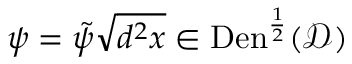
\psi = \tilde { \psi } \sqrt { d ^ { 2 } x } \in \mathrm { D e n } ^ { \frac { 1 } { 2 } } ( \mathcal { D } )